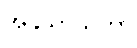
အနုသာသိကာ